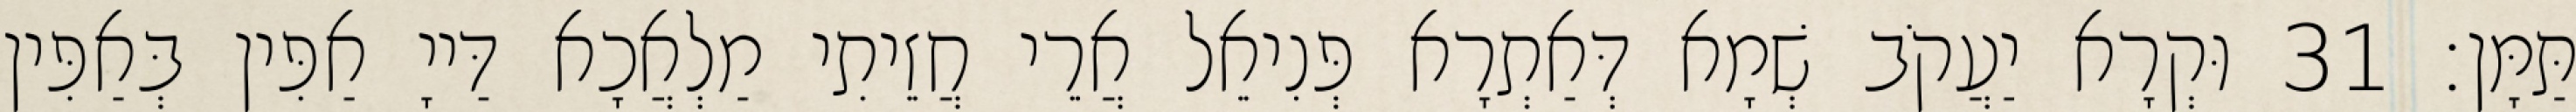
תַּמָּן׃ 31 וּקְרָא יַעֲקֹב שְׁמָא דְּאַתְרָא פְּנִיאֵל אֲרֵי חֲזֵיתִי מַלְאֲכָא דַּייָ אַפִּין בְּאַפִּין